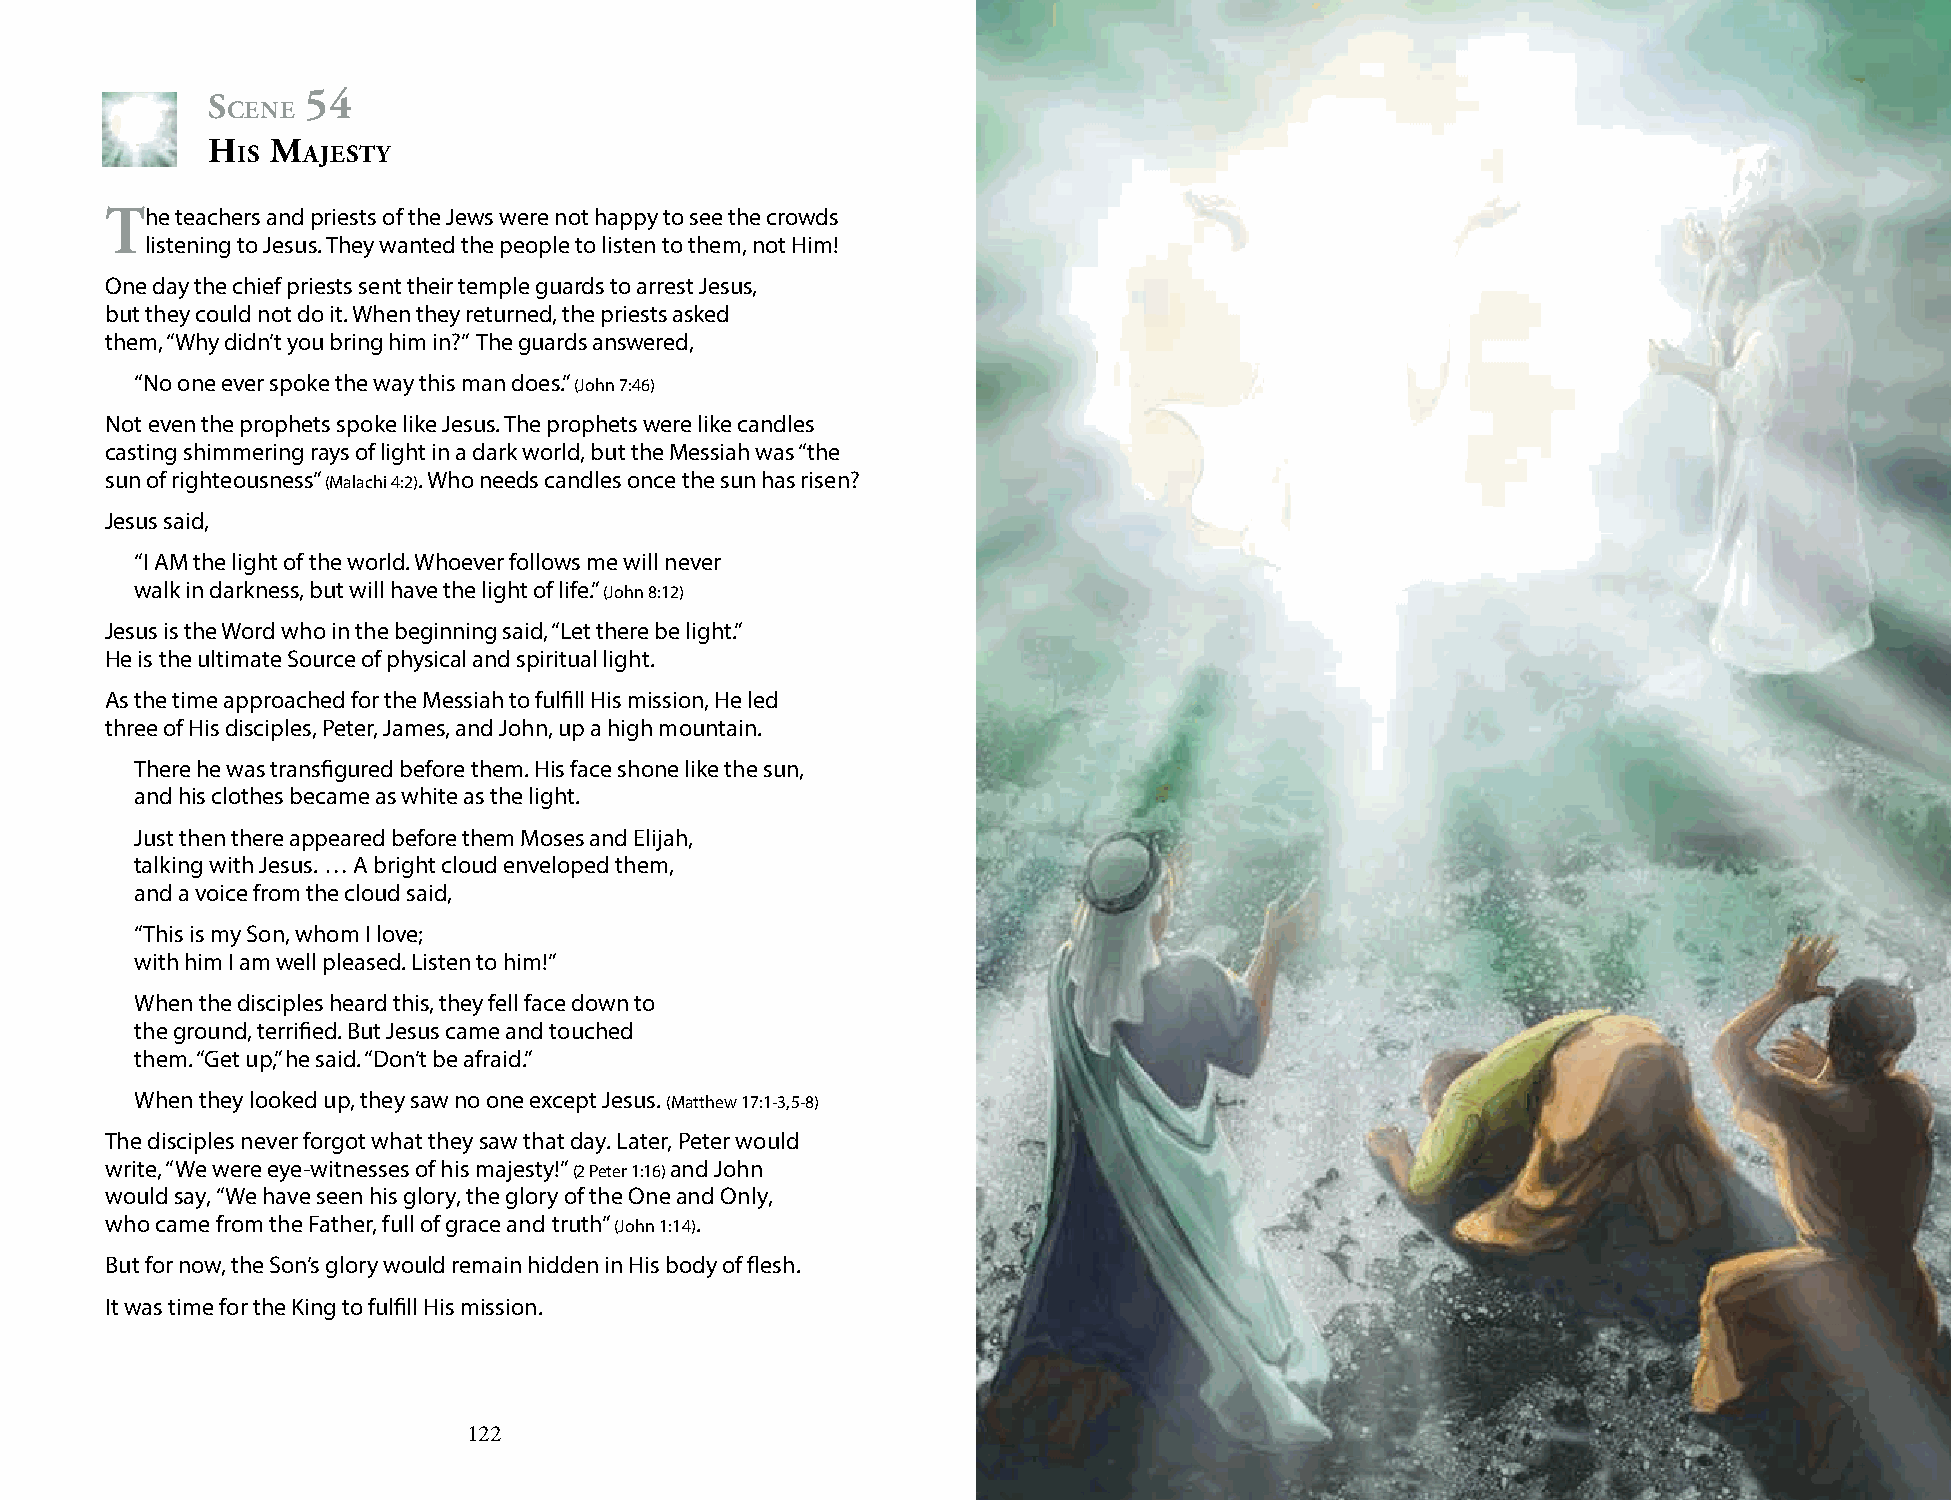
s     54
 cene
 h   m
 is  Ajesty
 t  he teachers and priests of the Jews were not happy to see the crowds
 listening to Jesus. They wanted the people to listen to them, not Him!
 One day the chief priests sent their temple guards to arrest Jesus,
 but they could not do it. When they returned, the priests asked
 them, “Why didn’t you bring him in?” The guards answered,
 “No one ever spoke the way this man does.” (John 7:46)
 Not even the prophets spoke like Jesus. The prophets were like candles
 casting shimmering rays of light in a dark world, but the Messiah was “the
 sun of righteousness” (Malachi 4:2). Who needs candles once the sun has risen?
 Jesus said,
 “I AM the light of the world. Whoever follows me will never
 walk in darkness, but will have the light of life.” (John 8:12)
 Jesus is the Word who in the beginning said, “Let there be light.”
 He is the ultimate Source of physical and spiritual light.
 As the time approached for the Messiah to fulfill His mission, He led
 three of His disciples, Peter, James, and John, up a high mountain.
 There he was transfigured before them. His face shone like the sun,
 and his clothes became as white as the light.
 Just then there appeared before them Moses and Elijah,
 talking with Jesus. … A bright cloud enveloped them,
 and a voice from the cloud said,
 “This is my Son, whom I love;
 with him I am well pleased. Listen to him!”
 When the disciples heard this, they fell face down to
 the ground, terrified. But Jesus came and touched
 them. “Get up,” he said. “Don’t be afraid.”
 When they looked up, they saw no one except Jesus. (Matthew 17:1-3, 5-8)
 The disciples never forgot what they saw that day. Later, Peter would
 write, “We were eye-witnesses of his majesty!” (2 Peter 1:16) and John
 would say, “We have seen his glory, the glory of the One and Only,
 who came from the Father, full of grace and truth” (John 1:14).
 But for now, the Son’s glory would remain hidden in His body of flesh.
 It was time for the King to fulfill His mission.
 122